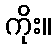
ကိုး။